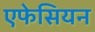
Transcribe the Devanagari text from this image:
एफेसियन